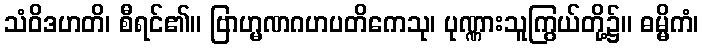
သံဝိဒဟတိ၊ စီရင်၏။ ဗြာဟ္မဏဂဟပတိကေသု၊ ပုဏ္ဏားသူကြွယ်တို့၌။ ဓမ္မိကံ၊